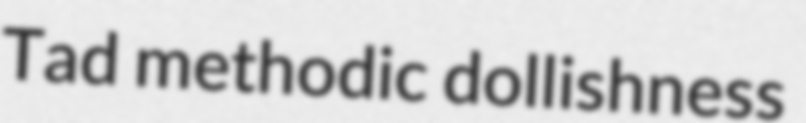
Tad methodic dollishness